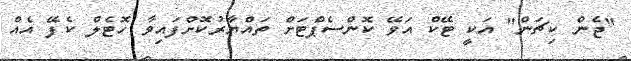
"ޖެން ކިޗަން" އަކީ ޓޭކް އަވޭ ކޮންސެޕްޓަށް ތައްޔާރުކޮށްފައިވާ ހޮޓެލް ކެފޭ އެއް